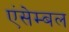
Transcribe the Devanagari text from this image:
एंसेम्बल